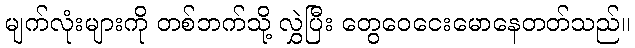
မျက်လုံးများကို တစ်ဘက်သို့ လွှဲပြီး တွေဝေငေးမောနေတတ်သည်။